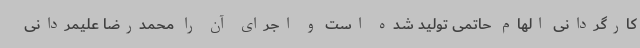
کارگردانی الهام حاتمی تولید شده است و اجرای آن را محمدرضا علیمردانی